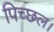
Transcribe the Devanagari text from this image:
पिच्छल।